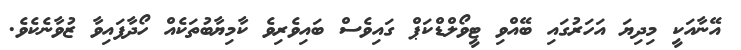
އޭނާއަކީ މިދިޔަ އަހަރުގައި ބޭއްވި ޓީވޯލްޑްކަޕް ގައިވެސް ބައިވެރިވެ ކާމިޔާބުތަކެއް ހޯދާފައިވާ ޒުވާނެކެވެ.